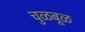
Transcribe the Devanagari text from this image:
चुळबूळ